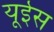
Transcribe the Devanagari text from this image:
यूईस